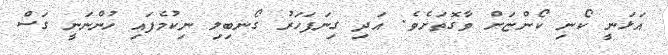
އަޅަނީ ކޯނި ކޯންޏަށް ވާގޮތަށެވެ. އަދި ގިނަފަހަރު ގޯނބިލި ނިކުމެފައި ހުންނަނީ ގަސް